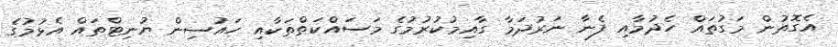
އެގޮތުން މަގުތައް ހެދުމާއި ފެނާ ނަރުދަމާ ގާއިމުކުރުމުގެ މަސައްކަތްތަކާއި ހައުސިން ޔުނިޓްތައް އެޅުމުގެ